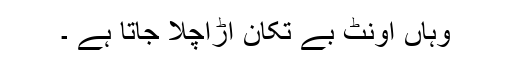
وہاں اونٹ بے تکان اڑاچلا جاتا ہے ۔